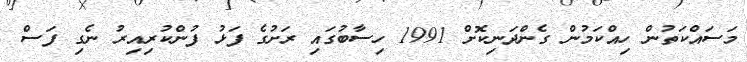
މަސައްކަތުން ހިއްކަމުން ގެންދަނިކޮށް 1991 ހިސާބުގައި ރަށުގެ ފަޅު ފުންކުރިއިރު ނެގި ފަސް